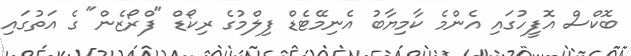
ބޮކްސް އޮފީހުގައި އެންމެ ކާމިޔާބު އެނިމޭޓެޑް ފިލްމުގެ ރިކޯޑް "ފްރޯޒެން" ގެ އަތުގައި